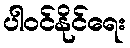
ပါဝင်နိုင်ရေး